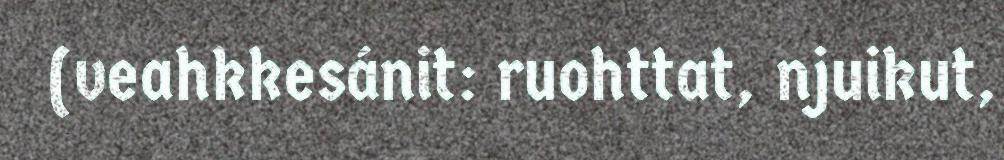
(veahkkesánit: ruohttat, njuikut,